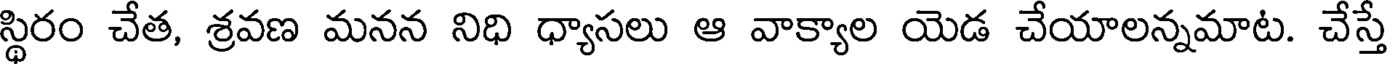
స్థిరం చేత, శ్రవణ మనన నిధి ధ్యాసలు ఆ వాక్యాల యెడ చేయాలన్నమాట. చేస్తే